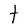
Character: t